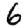
Digit: 6